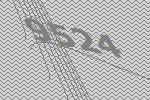
9524